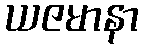
ယဇမာနာ